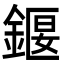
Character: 䤷